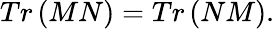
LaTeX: Tr\left(MN\right)=Tr\left(NM\right).